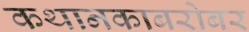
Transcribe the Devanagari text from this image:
कथानकाबरोबर